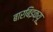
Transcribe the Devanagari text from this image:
बारबिइक्यू